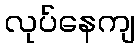
လုပ်နေကျ